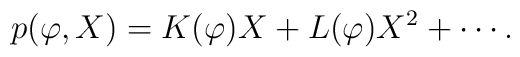
p(\varphi ,X)=K(\varphi )X+L(\varphi )X^{2}+\cdots.